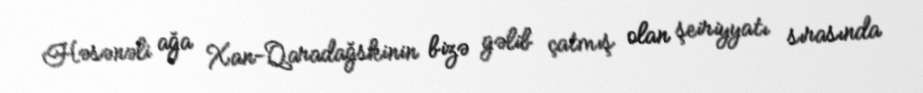
Həsənəli ağa Xan-Qaradağskinin bizə gəlib çatmış olan şeiriyyatı sırasında